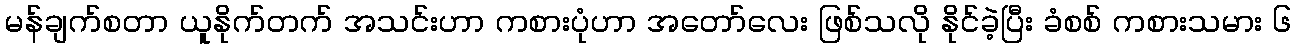
မန်ချက်စတာ ယူနိုက်တက် အသင်းဟာ ကစားပုံဟာ အတော်လေး ဖြစ်သလို နိုင်ခဲ့ပြီး ခံစစ် ကစားသမား ၆